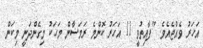
އަހަރު ވެއްޖެއެވެ. "ފާއިތުވީ 11 އަހަރު ކޮންމެ ރަމަޟާން މަހަކު މިގެންދަނީ މިކަން